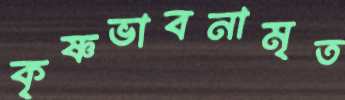
কৃষ্ণভাবনামৃত